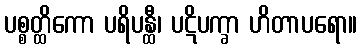
ပစ္စတ္ထိကော ပရိပန္ထီ၊ ပဋိပက္ခာ ဟိတာပရော။